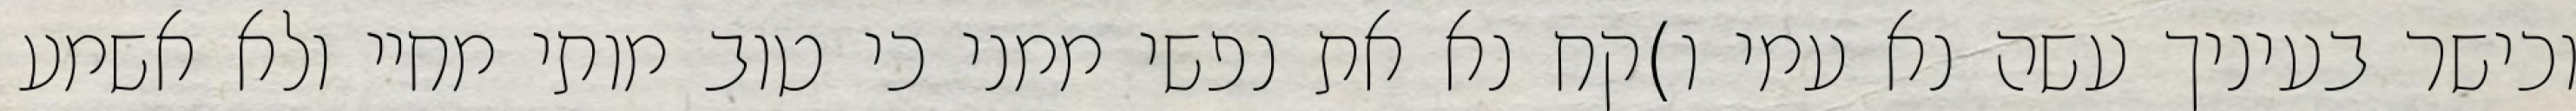
וכישר בעיניך עשה נא עמי ו)קח נא את נפשי ממני כי טוב מותי מחיי ולא אשמע